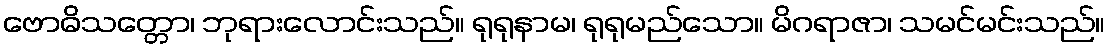
ဗောဓိသတ္တော၊ ဘုရားလောင်းသည်။ ရုရုနာမ၊ ရုရုမည်သော။ မိဂရာဇာ၊ သမင်မင်းသည်။